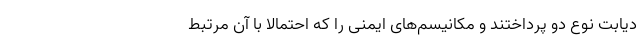
دیابت نوع دو پرداختند و مکانیسم‌های ایمنی را که احتمالا با آن مرتبط